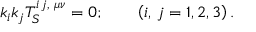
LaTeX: k _ { i } k _ { j } T _ { S } ^ { i \, j , \, \, \mu \nu } = 0 ; \qquad \left( i , \, j = 1 , 2 , 3 \right) .